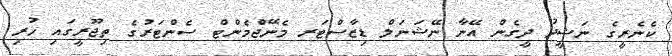
ކެނެރީގެ ނަޝީދު ދީގެން އޭނާ ނޭޝަނަލް ޑިޒާސްޓަރ މެނޭޖްމެންޓް ސެންޓަރުގެ ތިޖޫރީގައި ހުރި